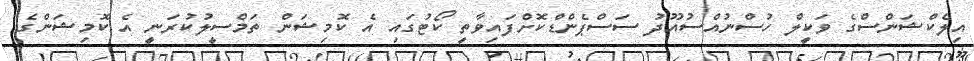
އިލެކްޝަންސްގެ ވަކީލް ހުސްނުއްސުއޫދު ސަސްޕެންޑްކޮށްފައިވާތީ ކޯޓުގައި އެ ކޮމިޝަން ތަމްސީލުކުރަނީ އެ ކޮމިޝަންގެ